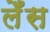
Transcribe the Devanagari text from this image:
लेँस